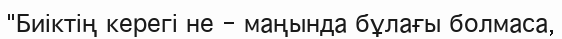
"Биіктің керегі не - маңында бұлағы болмаса,